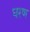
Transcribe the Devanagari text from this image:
घरण